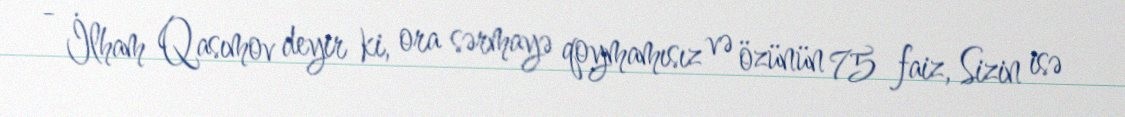
- İlham Qasımov deyir ki, ora sərmayə qoymamısız və özünün 75 faiz, Sizin isə